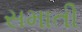
સમાતી